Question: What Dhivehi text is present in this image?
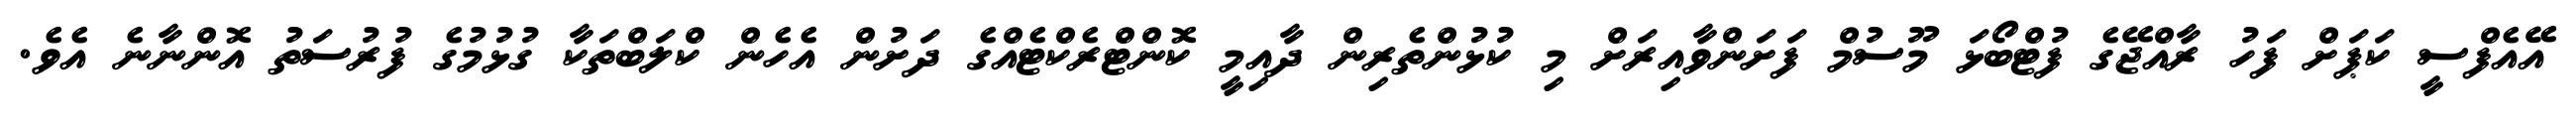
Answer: އޭއެފްސީ ކަޕަށް ފަހު ރާއްޖޭގެ ފުޓްބޯޅަ މޫސުމް ފަށަންވާއިރަށް މި ކުޅުންތެރިން ދާއިމީ ކޮންޓްރެކްޓެއްގެ ދަށުން އެހެން ކްލަބްތަކާ ގުޅުމުގެ ފުރުސަތު އޮންނާނެ އެވެ.